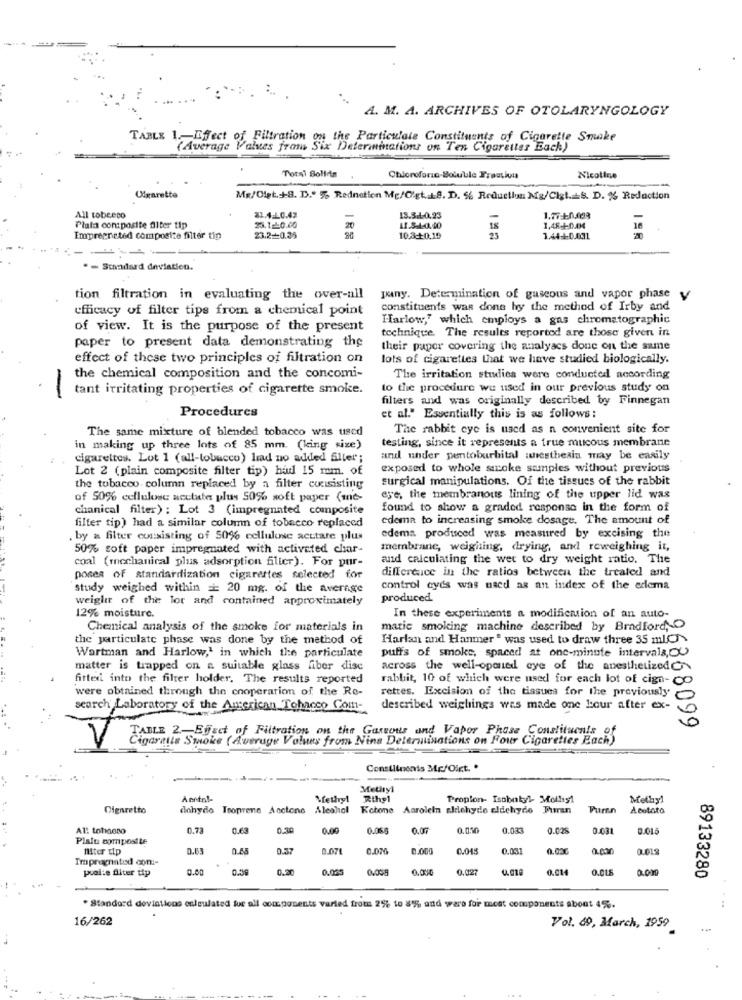
A. M. A. ARCHIVES OF OTOLARYNGOLOGY
TABLE 1 .- Effect of Filtration on the Particulate Constituents of Cigarette Smoke
(Average Values fram Six Determinations on Ten Cigaretter Each)
Total Solida
Nicoline
Ulgarette
Mg/Olet.+8. D.º % Rednotion Mg/C'gt. 18. D. 5% Reduction Mg/Cit. S. D. % Redaction
All tobeeco
31.4.10.42
18.3.4.0.23
1.77:+0.009
Plata contposite diter tip
20.1240.00
20
11.3-4-0.00
Empregneted composite filter tin
23.2 0.35
10.3+0.19
23
1.4440.031
. - Standard deviation.
tion filtration in evaluating the over-all
pany. Determination of gascous and vapor phase y
efficacy of filter tips from a chemical point
constituents was done hy the method of Irby and
Harlow," which employs a gas chromatographic
of view. It is the purpose of the present
technique. The results reported are those given in
paper to present data demonstrating the
their paper covering the analyses done on the same
effect of these two principles of filtration on
lots of cigarettes that we have studied biologically.
the chemical composition and the concomi-
The irritation studies were conducted according
tant irritating properties of cigarette smoke.
to the procedure we used in our previous study on
-
filters and was originally described by Finnegan
Procedures
et al." Essentially this is as follows :
The same mixture of blended tobacco was used
The rabbit eye is used as n convenient site for
testing, since it represents a true mucous membrane
in making up three lots of 85 mm. (king size)
cigarettes. Lot 1 (all-tobacco) lmd no added Siler;
and under pentobarbital anesthesia may be easily
Lot 2 (plain composite filter tip) had 15 mm. of
exposed to whole stroke samples without previous
surgical manipulations. Of the tissues of the rabbit
the tobacco column replaced by a filter consisting
of 50% cellulose sectute plus 50% soft paper (me-
eye, the membranous lining of the upper lid was
chanical filter) : Lot 3 (impregnated composite
found to show a graded response in the form of
edema to increasing smoke dosage. The amount of
filter tip) had a similar column of tobacco replaced
. by a filter consisting of 50% cellulose acctare plus
edema produced was measured by excising the
50% soft paper impregnated with activated char-
membrane, weighing, drying, and reweighing it,
coal (mechanical plus adsorption filter). For pur-
and calculating the wet to dry weight ratio. The
difference in the ratios between the treated and
poses of standardization cigarettes selected for
study weighed within == 20 mg. of the average
control cycs was nacd as an index of the crema
weight of the lor and contained approximately
produced
12% moisture.
In these experiments a modification of an auto-
Chemical analysis of the smoke for materials in
matic smoking machine described by Bradford, O
the particulate phase was done by the method of
Harlan and Hanmer" was used to draw three 35 mlC\
Wartman and Harlow,' in which the particulate
puffs of smoke, spaced at one-minute intervals, OU
matter is trapped on a suitable glass fiber disc
across the well-opened eye of the anesthetizedo
fitted into the filter holder. The results reported
rabbit, 10 of which were used for each lot of cign-oo
were obtained through the cooperation of the Re-
rettes. Excision of the tissues for the previously
search Laboratory of the American Tobacco Com-
described weighings was made one hour after ex-
TABLE 2-Efect of Filtration on the Garvous and Vapor Phase Constituents of
Cigarette Smoke ( Average Values from Nine Determinations on Four Cigarettes Each)
Constituents Me/Oict. .
Methyl
Aentnl-
Methyl
Riho1
Propion- Isobutyl- Molly1
Methyl
Cigaretto
dahydo Troprene Acetone
Ketone Acrolein aldehyde eldchyde Furan
Turn
Acetato
All tofidono
0.73
0.63
0.10
0.00
0.0%
0.07
0.0.50
0.033
0.028
0.031
Plalu composite
Miter tip
0.37
0.071
0.076
0.000
0.045
0.031
0,000
0.012
Impregnated com :-
peal:e fliter tip
0.00
0.20
0.065
0.027
0.014
0.000
89133280
Standard deviations enleulated fue all components varied from 2% to 8% and wars for most components about 45%.
16/262
Vol. 69, March, 1959